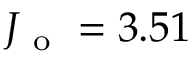
J _ { \mathrm { ~ o ~ } } = 3 . 5 1